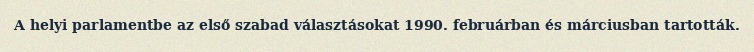
A helyi parlamentbe az első szabad választásokat 1990. februárban és márciusban tartották.